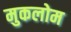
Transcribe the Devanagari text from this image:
मुकलोम